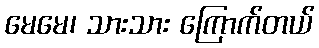
မေမေ၊ သားသား ကြောက်တယ်